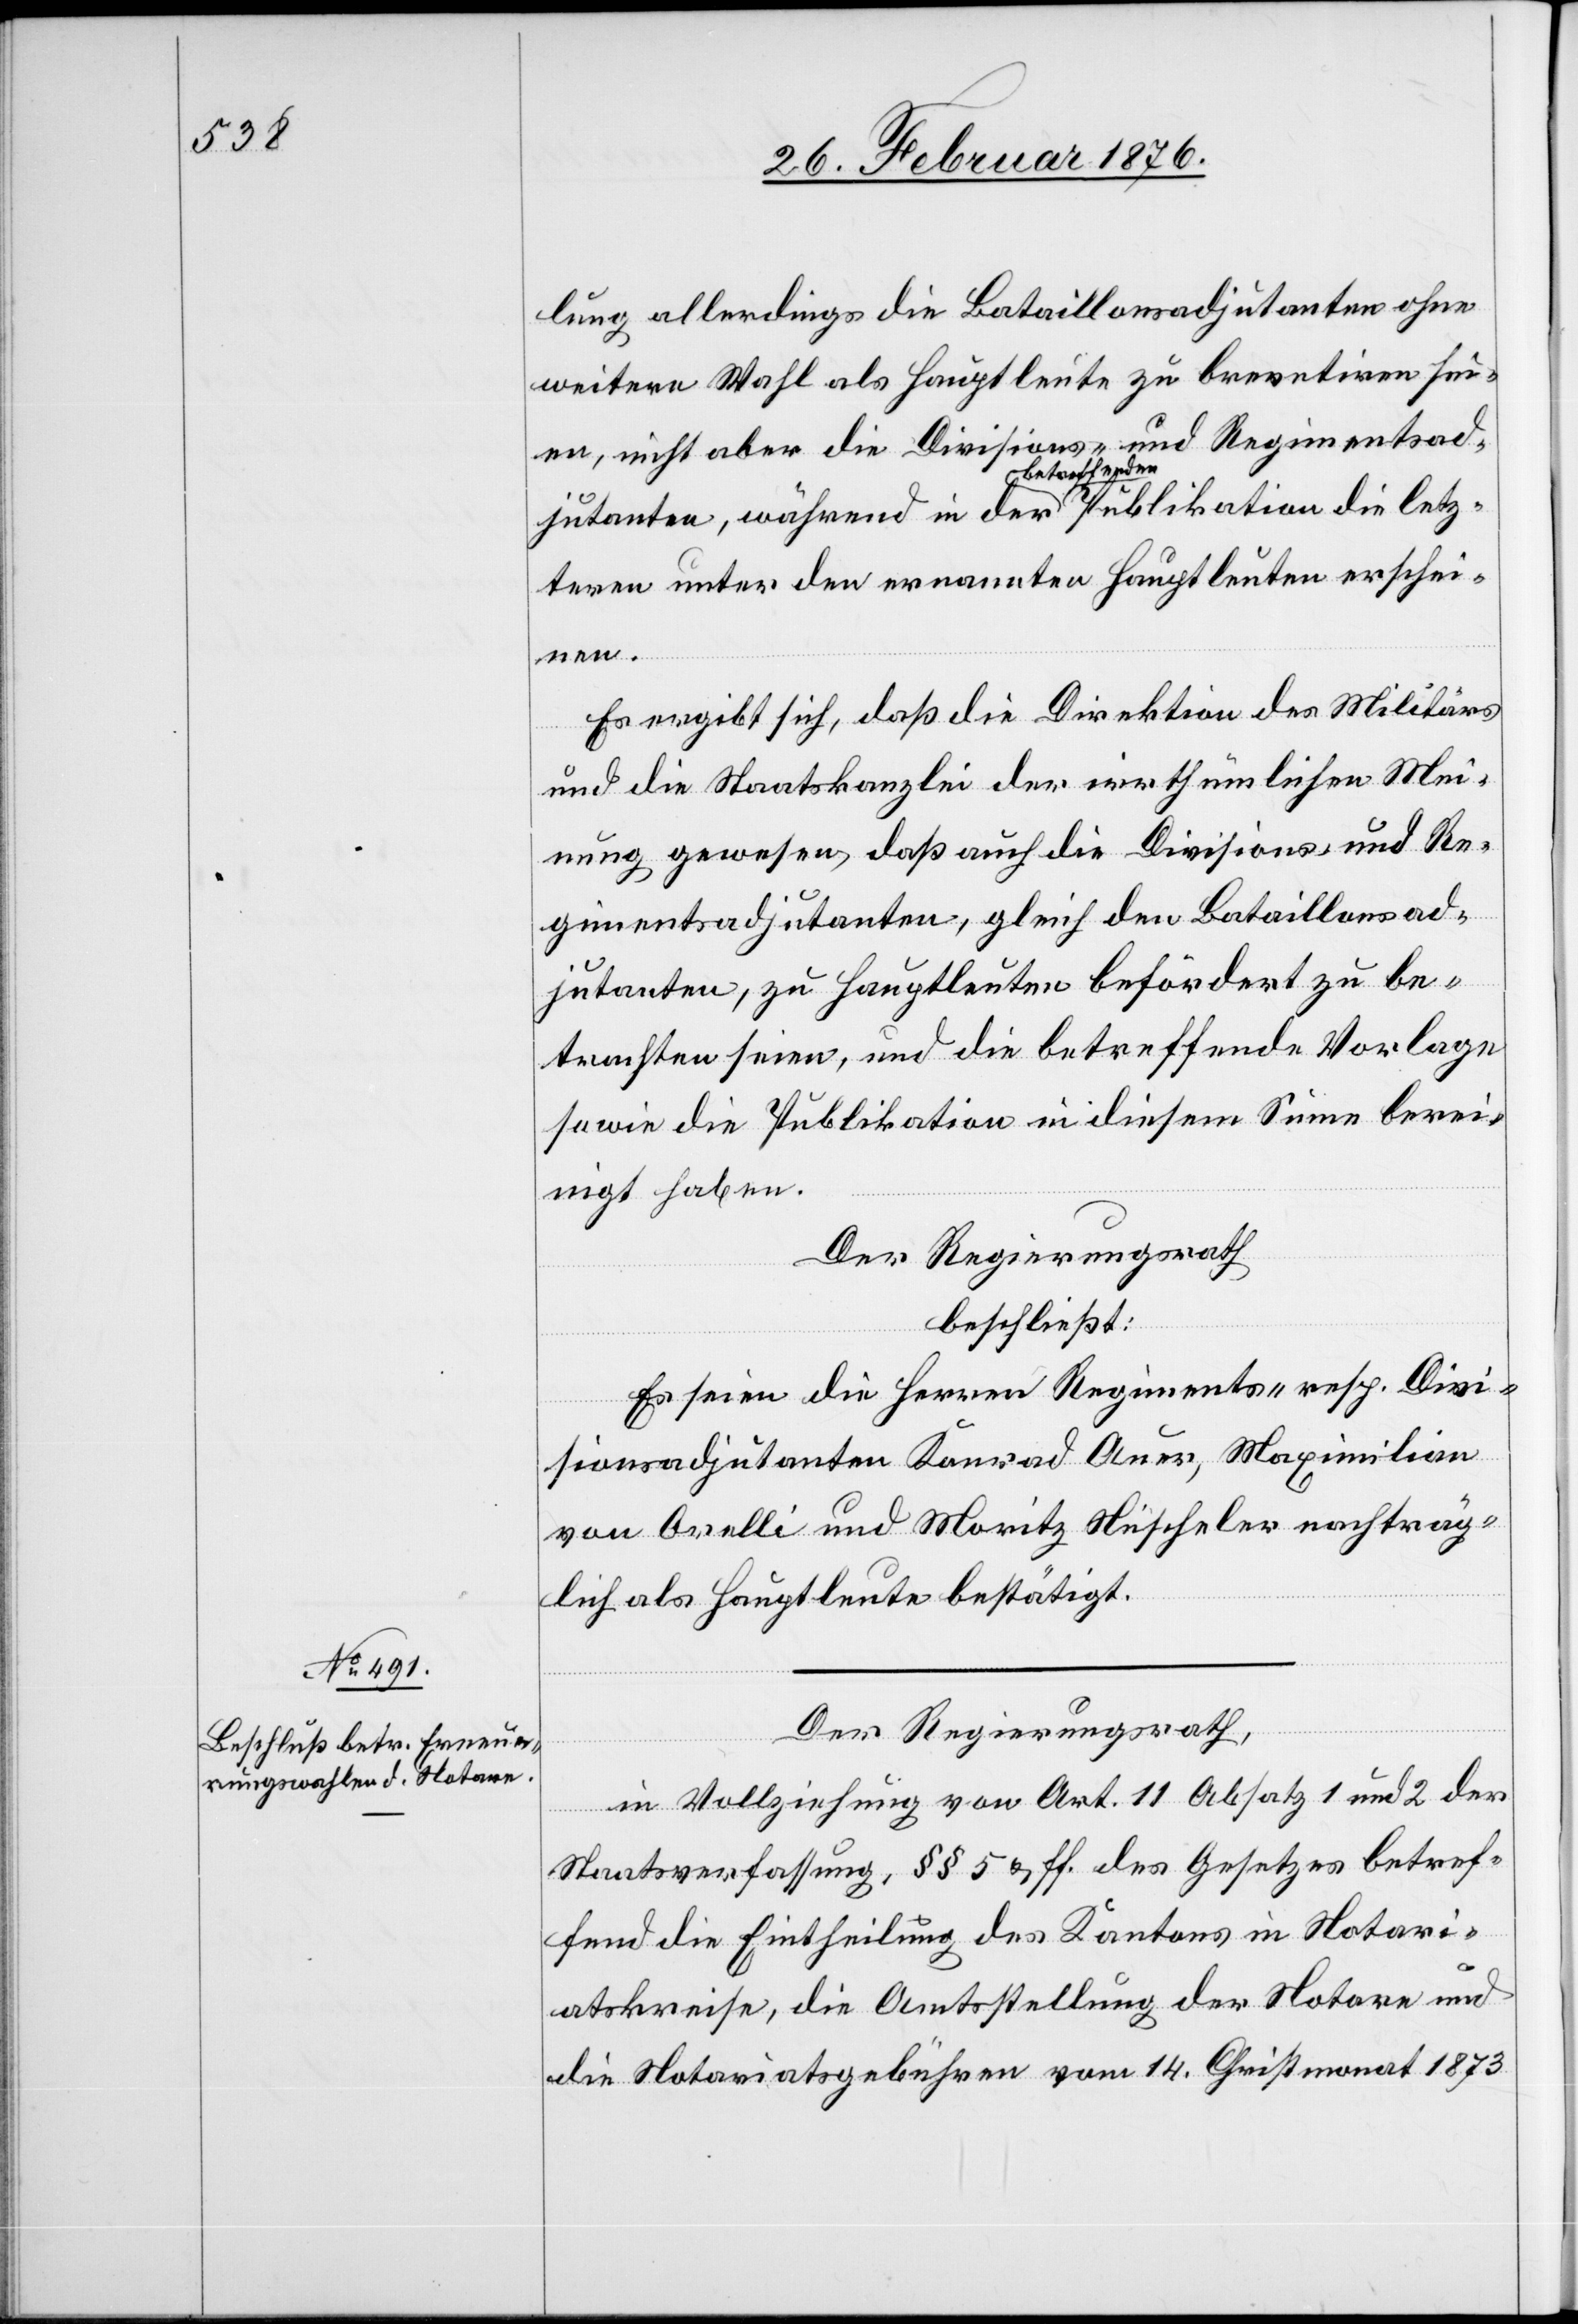
lung allerdings die Bataillonsadjutanten ohne
weitere Wahl als Hauptleute zu brevetiren sei¬
und Regimentsad¬
en, nicht aber die Divisions-
jutanten, während in der betreffenden Publikation die letz¬
teren unter den ernannten Hauptleuten erschei¬
nen.
Es ergibt sich, daß die Direktion des Militärs
und die Staatskanzlei der irrthümlichen Mei¬
nung gewesen, daß auch die Divisions- und Re¬
gimentsadjutanten, gleich den Bataillonsad¬
jutanten, zu Hauptleuten befördert zu be¬
trachten seien, und die betreffende Vorlage
sowie die Publikation in diesem Sinne berei¬
nigt haben.
Der Regierungsrath,
beschließt:
Es seien die Herren Regiments- resp. Divi¬
sionsadjutanten Konrad Auer, Maximilian
von Orelli und Moritz Nüscheler nachträg¬
lich als Hauptleute bestätigt.
Der Regierungsrath,
in Vollziehung von Art. 11. Absatz 1 und 2 der
Staatsverfassung, §§ 5 & ff. des Gesetzes betref¬
fend die Eintheilung des Kantons in Notari¬
atskreise, die Amtsstellung der Notare und
die Notariatsgebühren vom 14. Christmonat 1873